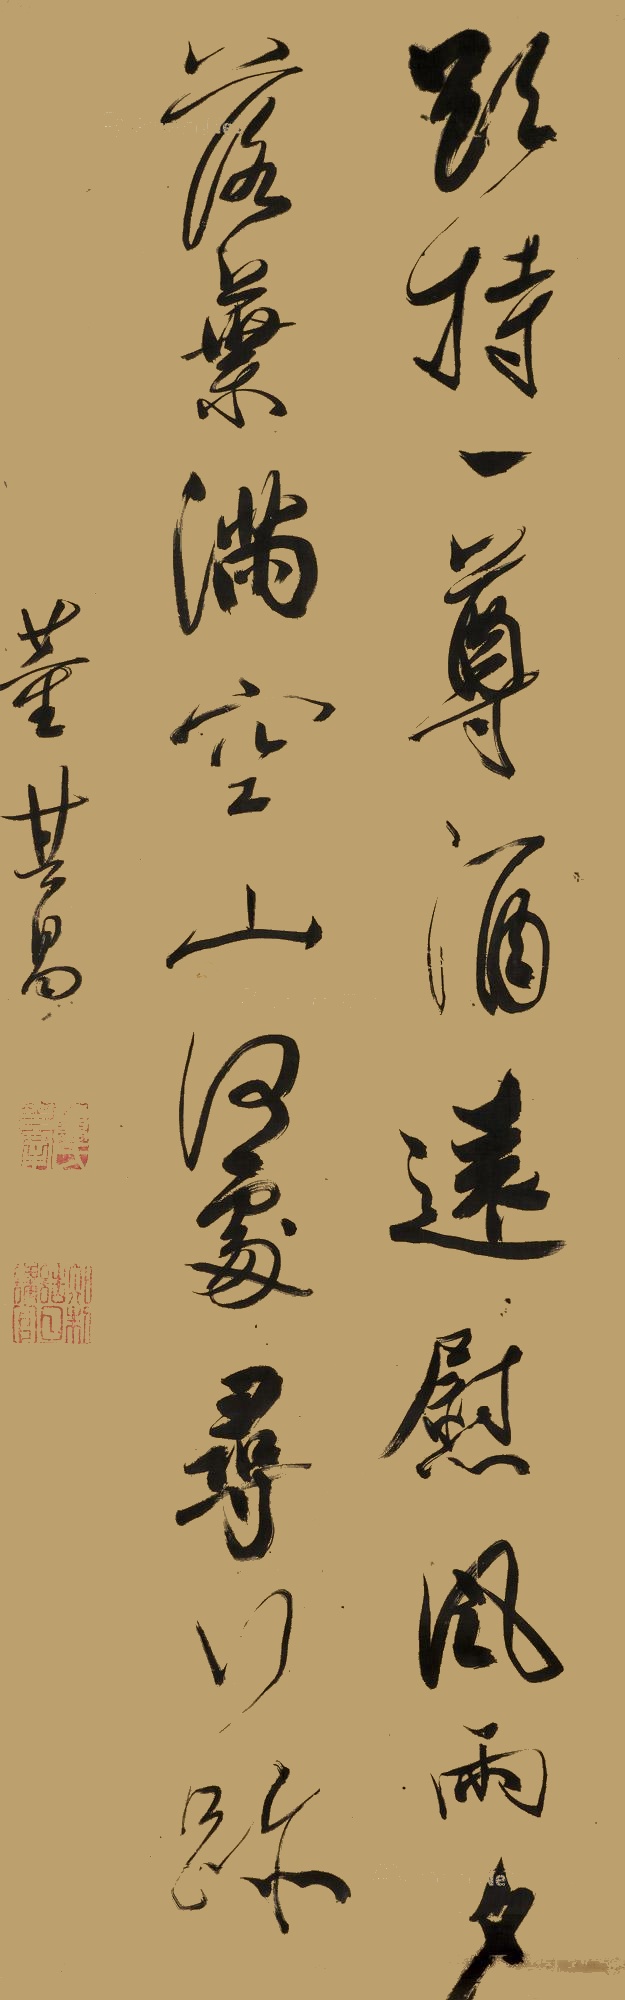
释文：欲持一尊酒，远慰风雨夕，落叶满空山，何处寻行迹。董其昌。